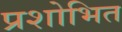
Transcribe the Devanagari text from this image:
प्रशोभित